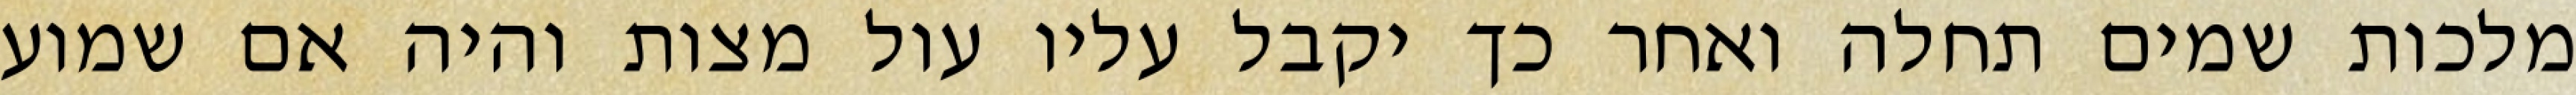
מלכות שמים תחלה ואחר כך יקבל עליו עול מצות והיה אם שמוע